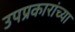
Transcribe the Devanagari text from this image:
उपप्रकारांच्या